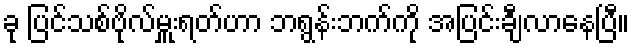
ခု ပြင်သစ်ဗိုလ်မှူးရတ်ဟာ ဘရွန်းဘက်ကို အပြင်းချီလာနေပြီ။